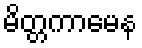
မိတ္တကာမေန